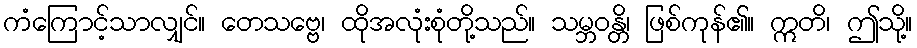
ကံကြောင့်သာလျှင်။ တေသဗ္ဗေ၊ ထိုအလုံးစုံတို့သည်။ သမ္ဘဝန္တိ၊ ဖြစ်ကုန်၏။ ဣတိ၊ ဤသို့။